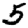
Digit: 5